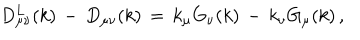
LaTeX: D _ { \mu \nu } ^ { L } ( k ) \, - \, D _ { \mu \nu } ( k ) \, = \, k _ { \mu } G _ { \nu } ( k ) \, - \, k _ { \nu } G _ { \mu } ( k ) \, ,